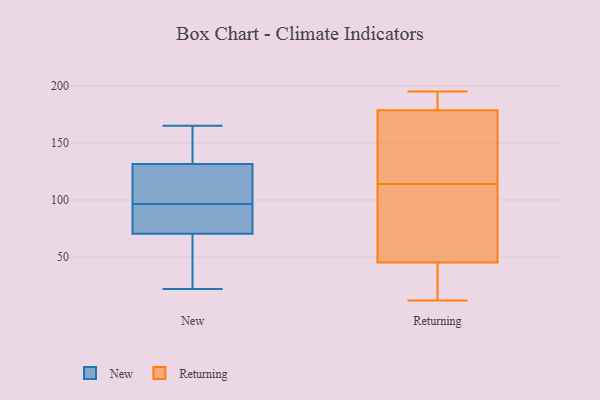
{"axis": {"x": "Demand Index", "y": "Value"}, "legend": ["New", "Returning"], "data": [{"x": "", "y": 132, "type": "New"}, {"x": "", "y": 76, "type": "New"}, {"x": "", "y": 165, "type": "New"}, {"x": "", "y": 101, "type": "New"}, {"x": "", "y": 44, "type": "New"}, {"x": "", "y": 82, "type": "New"}, {"x": "", "y": 119, "type": "New"}, {"x": "", "y": 80, "type": "New"}, {"x": "", "y": 131, "type": "New"}, {"x": "", "y": 90, "type": "New"}, {"x": "", "y": 130, "type": "New"}, {"x": "", "y": 92, "type": "New"}, {"x": "", "y": 25, "type": "New"}, {"x": "", "y": 133, "type": "New"}, {"x": "", "y": 144, "type": "New"}, {"x": "", "y": 65, "type": "New"}, {"x": "", "y": 165, "type": "New"}, {"x": "", "y": 59, "type": "New"}, {"x": "", "y": 125, "type": "New"}, {"x": "", "y": 22, "type": "New"}, {"x": "", "y": 50, "type": "Returning"}, {"x": "", "y": 114, "type": "Returning"}, {"x": "", "y": 190, "type": "Returning"}, {"x": "", "y": 12, "type": "Returning"}, {"x": "", "y": 193, "type": "Returning"}, {"x": "", "y": 95, "type": "Returning"}, {"x": "", "y": 141, "type": "Returning"}, {"x": "", "y": 178, "type": "Returning"}, {"x": "", "y": 70, "type": "Returning"}, {"x": "", "y": 195, "type": "Returning"}, {"x": "", "y": 181, "type": "Returning"}, {"x": "", "y": 31, "type": "Returning"}, {"x": "", "y": 142, "type": "Returning"}, {"x": "", "y": 104, "type": "Returning"}, {"x": "", "y": 13, "type": "Returning"}, {"x": "", "y": 137, "type": "Returning"}, {"x": "", "y": 12, "type": "Returning"}]}